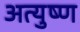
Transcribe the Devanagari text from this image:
अत्युष्ण